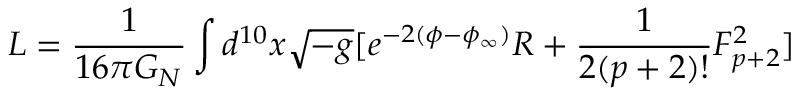
L = { \frac { 1 } { 1 6 \pi G _ { N } } } \int d ^ { 1 0 } x \sqrt { - g } [ e ^ { - 2 ( \phi - \phi _ { \infty } ) } R + { \frac { 1 } { 2 ( p + 2 ) ! } } F _ { p + 2 } ^ { 2 } ]